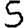
Digit: 5